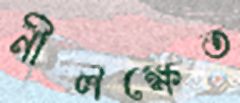
নীলক্ষেত